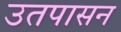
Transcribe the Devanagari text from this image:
उतपासन